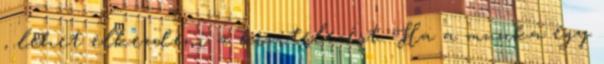
, lehet elkezdeni a kivitelezést: Ha a munka egy